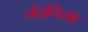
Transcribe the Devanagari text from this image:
चंदनिया